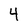
Character: 4